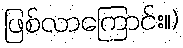
ဖြစ်လာကြောင်း။)